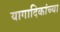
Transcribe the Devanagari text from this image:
यागादिकांच्या